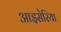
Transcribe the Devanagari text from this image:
आइसेरिया